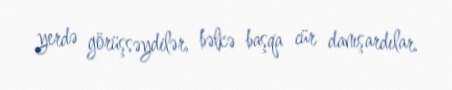
yerdə görüşsəydilər, bəlkə başqa cür danışardılar.